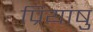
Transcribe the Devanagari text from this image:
प्रियांषु